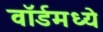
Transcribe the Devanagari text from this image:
वॉर्डमध्ये